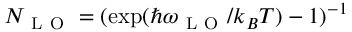
N _ { \mathrm { ~ L ~ O ~ } } = ( \exp ( \hbar \omega _ { \mathrm { ~ L ~ O ~ } } / k _ { B } T ) - 1 ) ^ { - 1 }